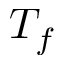
T _ { f }